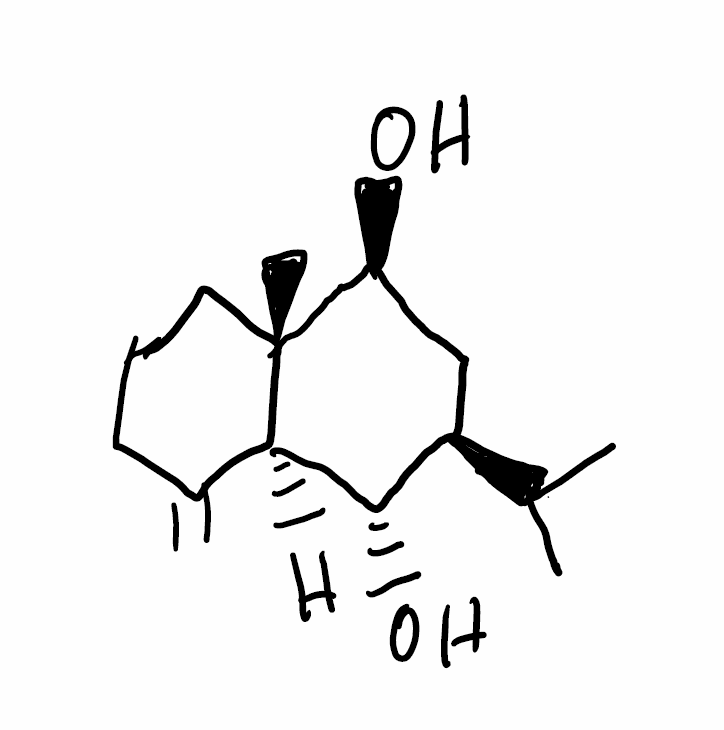
Simplified molecular-input line-entry system (SMILES) notation of the given molecule:
CC(C)[C@@H]1C[C@@H]([C@]2(CCCC(=C)[C@@H]2[C@H]1O)C)O